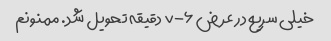
خیلی سریع در عرض ۶-۷ دقیقه تحویل شد. ممنونم